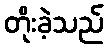
တိုးခဲ့သည်